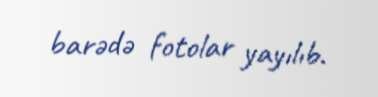
barədə fotolar yayılıb.